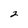
Character: 2